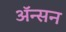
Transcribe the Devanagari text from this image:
अॅन्सन